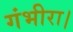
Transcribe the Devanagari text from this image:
गंभीरा।